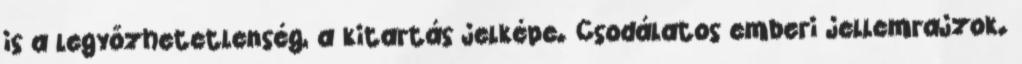
is a legyőzhetetlenség, a kitartás jelképe. Csodálatos emberi jellemrajzok.